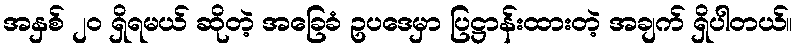
အနှစ် ၂ဝ ရှိရမယ် ဆိုတဲ့ အခြေခံ ဥပဒေမှာ ပြဋ္ဌာန်းထားတဲ့ အချက် ရှိပါတယ်။